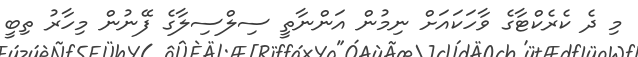
މި ދެ ކެރެކްޓާގެ ވާހަކައަށް ނިމުން އަންނާތީ ސިލްސިލާގެ ފޭނުން މިހާރު ތިބީ